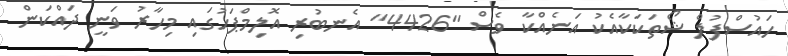
ހައުސްފުލް ޝޯތަކަކާއެކު އަނެއްކާ ވެސް "4426" އެނބުރި އޮލިމްޕަހުގައި މިހާރު ވަނީ ދައްކަން